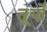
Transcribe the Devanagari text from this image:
तूर्यों